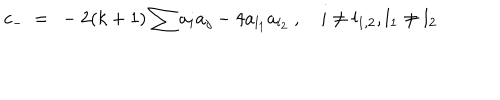
c _ { - } \ = \ - 2 ( k + 1 ) \sum a _ { i } a _ { j } - 4 a _ { l _ { 1 } } a _ { l _ { 2 } } \ , \quad i \ne l _ { 1 , 2 } , l _ { 1 } \ne l _ { 2 }